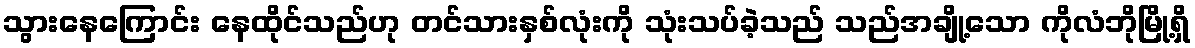
သွားနေကြောင်း နေထိုင်သည်ဟု တင်သားနှစ်လုံးကို သုံးသပ်ခဲ့သည် သည်အချို့သော ကိုလံဘိုမြို့ရှိ